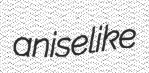
aniselike